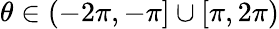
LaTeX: \theta\in(-2\pi,-\pi]\cup[\pi,2\pi)